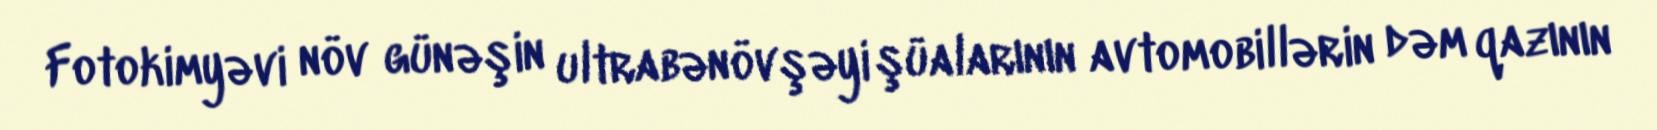
Fotokimyəvi növ günəşin ultrabənövşəyi şüalarının avtomobillərin dəm qazının